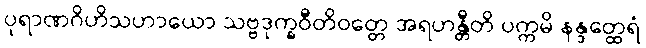
ပုရာဏဂိဟိသဟာယော သဗ္ဗဒုက္ခဝီတိဝတ္တေ အရဟန္တီတိ ပက္ကမိ နန္ဒတ္ထေရံ